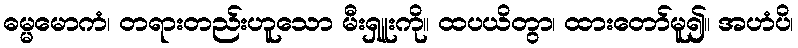
ဓမ္မမောကံ၊ တရားတည်းဟူသော မီးရှူးကို။ ထပယိတွာ၊ ထားတော်မူ၍။ အဟံပိ၊